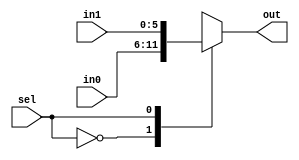
module Mux6 (in0, in1, sel, out);

	input [5:0] in0, in1;
	input sel;
	output reg [5:0] out;
	
	always @(*) begin
	
		case (sel)
		
			1'b0: out <= in0;
			1'b1: out <= in1;
		
		endcase
	
	end

endmodule